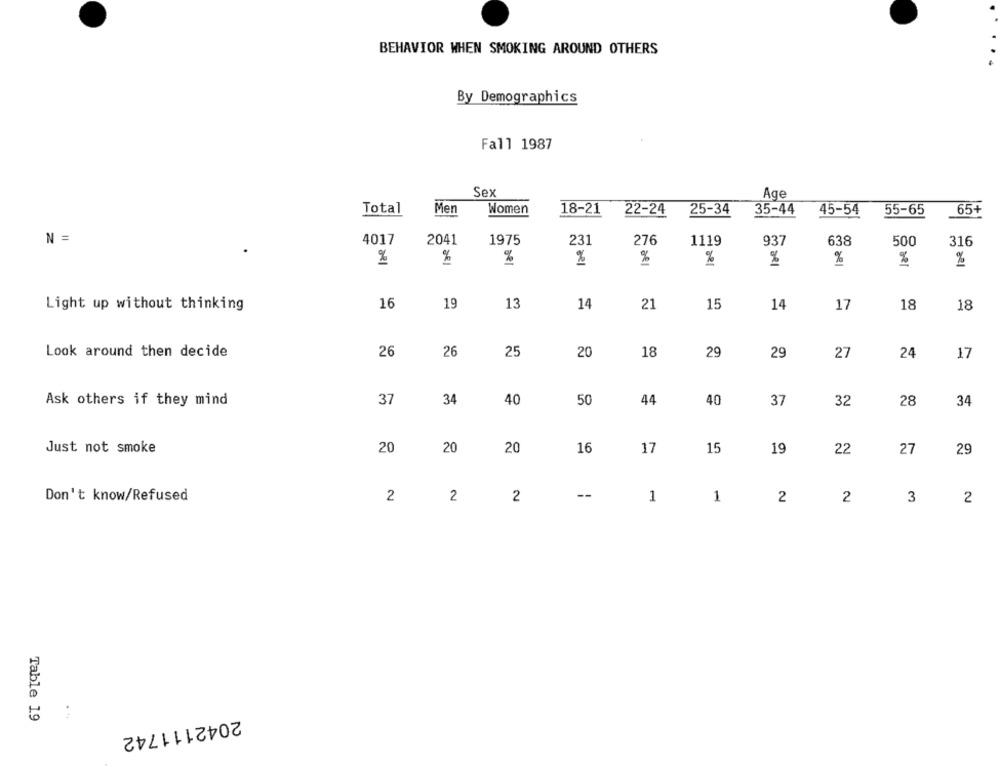
BEHAVIOR WHEN SMOKING AROUND OTHERS
By Demographics
Fall 1987
Sex
Age
Men
Total
Women
18-21
22-24
25-34
35-44
45-54
55-65
65+
N =
4017
2041
1975
231
276
1119
937
638
500
316
%
%
%
%
%
%
%
%
m sel
Light up without thinking
16
19
13
14
21
15
14
17
18
18
Look around then decide
26
26
25
20
18
29
29
27
24
17
Ask others if they mind
37
34
40
50
44
40
37
32
28
34
Just not smoke
20
20
20
16
17
15
19
22
27
29
Don't know/Refused
2
2
2
--
1
1
2
2
3
2
Table 19
. ..
2042111742